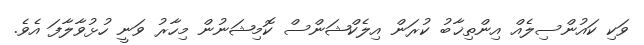
ވަކި ކައުންސިލެއް އިންތިޚާބު ކުރަން އިލެކްޝަންސް ކޮމިޝަނުން މިހާރު ވަނީ ހުޅުވާލާފަ އެވެ.